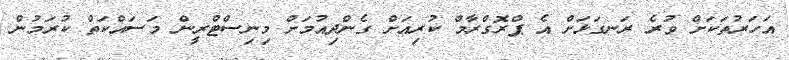
އަހަރުތަކަށް ވުރެ ރަނގަޅަށް އެ ޕްރޮގްރާމް ކުރިއަށް ގެންދިއުމަށް މިނިސްޓްރީން މަސައްކަތް ކުރަމުން